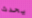
يحدث